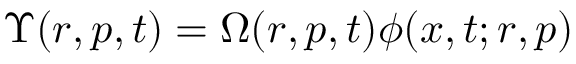
\Upsilon ( r , p , t ) = \Omega ( r , p , t ) \phi ( x , t ; r , p )